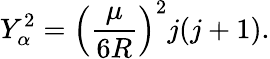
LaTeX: Y_{\alpha}^{2}=\left(\frac{\mu}{6R}\right)^{2}j(j+1).